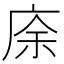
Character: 庩